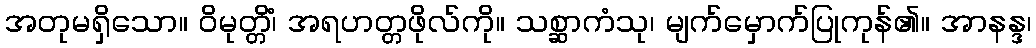
အတုမရှိသော။ ဝိမုတ္တိံ၊ အရဟတ္တဖိုလ်ကို။ သစ္ဆာကံသု၊ မျက်မှောက်ပြုကုန်၏။ အာနန္ဒ၊